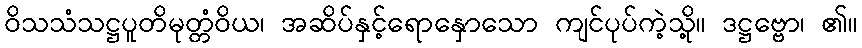
ဝိသသံသဋ္ဌပူတိမုတ္တံဝိယ၊ အဆိပ်နှင့်ရောနှောသော ကျင်ပုပ်ကဲ့သို့။ ဒဋ္ဌဗ္ဗော၊ ၏။